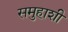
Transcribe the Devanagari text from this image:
समुहाशी